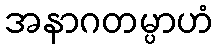
အနာဂတမ္ပာဟံ